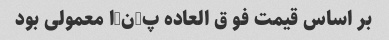
بر اساس قیمت فو ق العاده پ-ن-ا معمولی بود